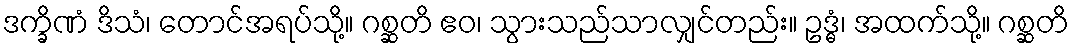
ဒက္ခိဏံ ဒိသံ၊ တောင်အရပ်သို့။ ဂစ္ဆတိ ဧဝ၊ သွားသည်သာလျှင်တည်း။ ဥဒ္ဓံ၊ အထက်သို့။ ဂစ္ဆတိ